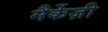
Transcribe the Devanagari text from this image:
मैर्केज़ी